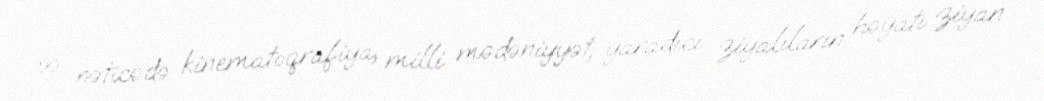
və nəticədə kinematoqrafiya, milli mədəniyyət, yaradıcı ziyalıların həyatı ziyan